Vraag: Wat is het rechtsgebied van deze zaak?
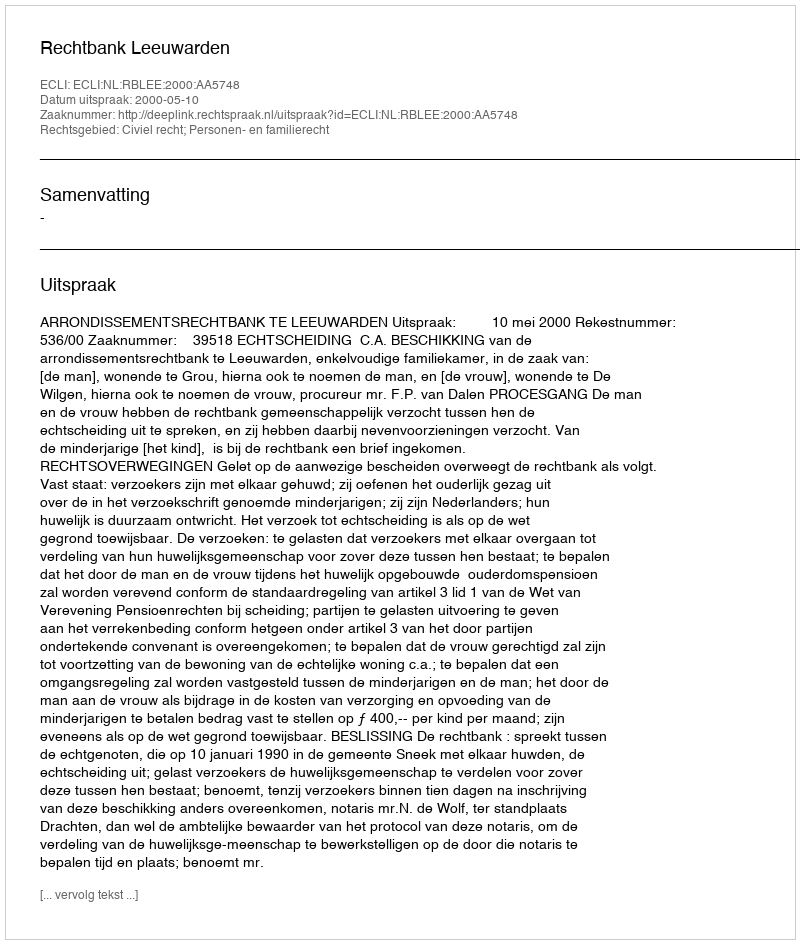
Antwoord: Civiel recht; Personen- en familierecht